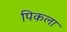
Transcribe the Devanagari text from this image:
पिकला